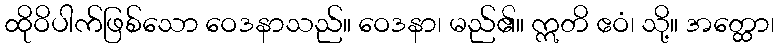
ထိုဝိပါက်ဖြစ်သော ဝေဒနာသည်။ ဝေဒနာ၊ မည်၏။ ဣတိ ဧဝံ၊ သို့။ အတ္ထော၊